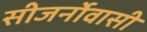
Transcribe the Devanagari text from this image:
सीजर्नोवासी